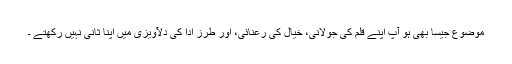
موضوع جیسا بھی ہو آپ اپنے قلم کی جولانی، خیال کی رعنائی، اور طرز ادا کی دلآویزی میں اپنا ثانی نہیں رکھتے ۔